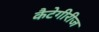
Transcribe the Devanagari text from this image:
कैटेगीरीज